Eesti_Vabariigi_Tartu_Ulikool, lk 19
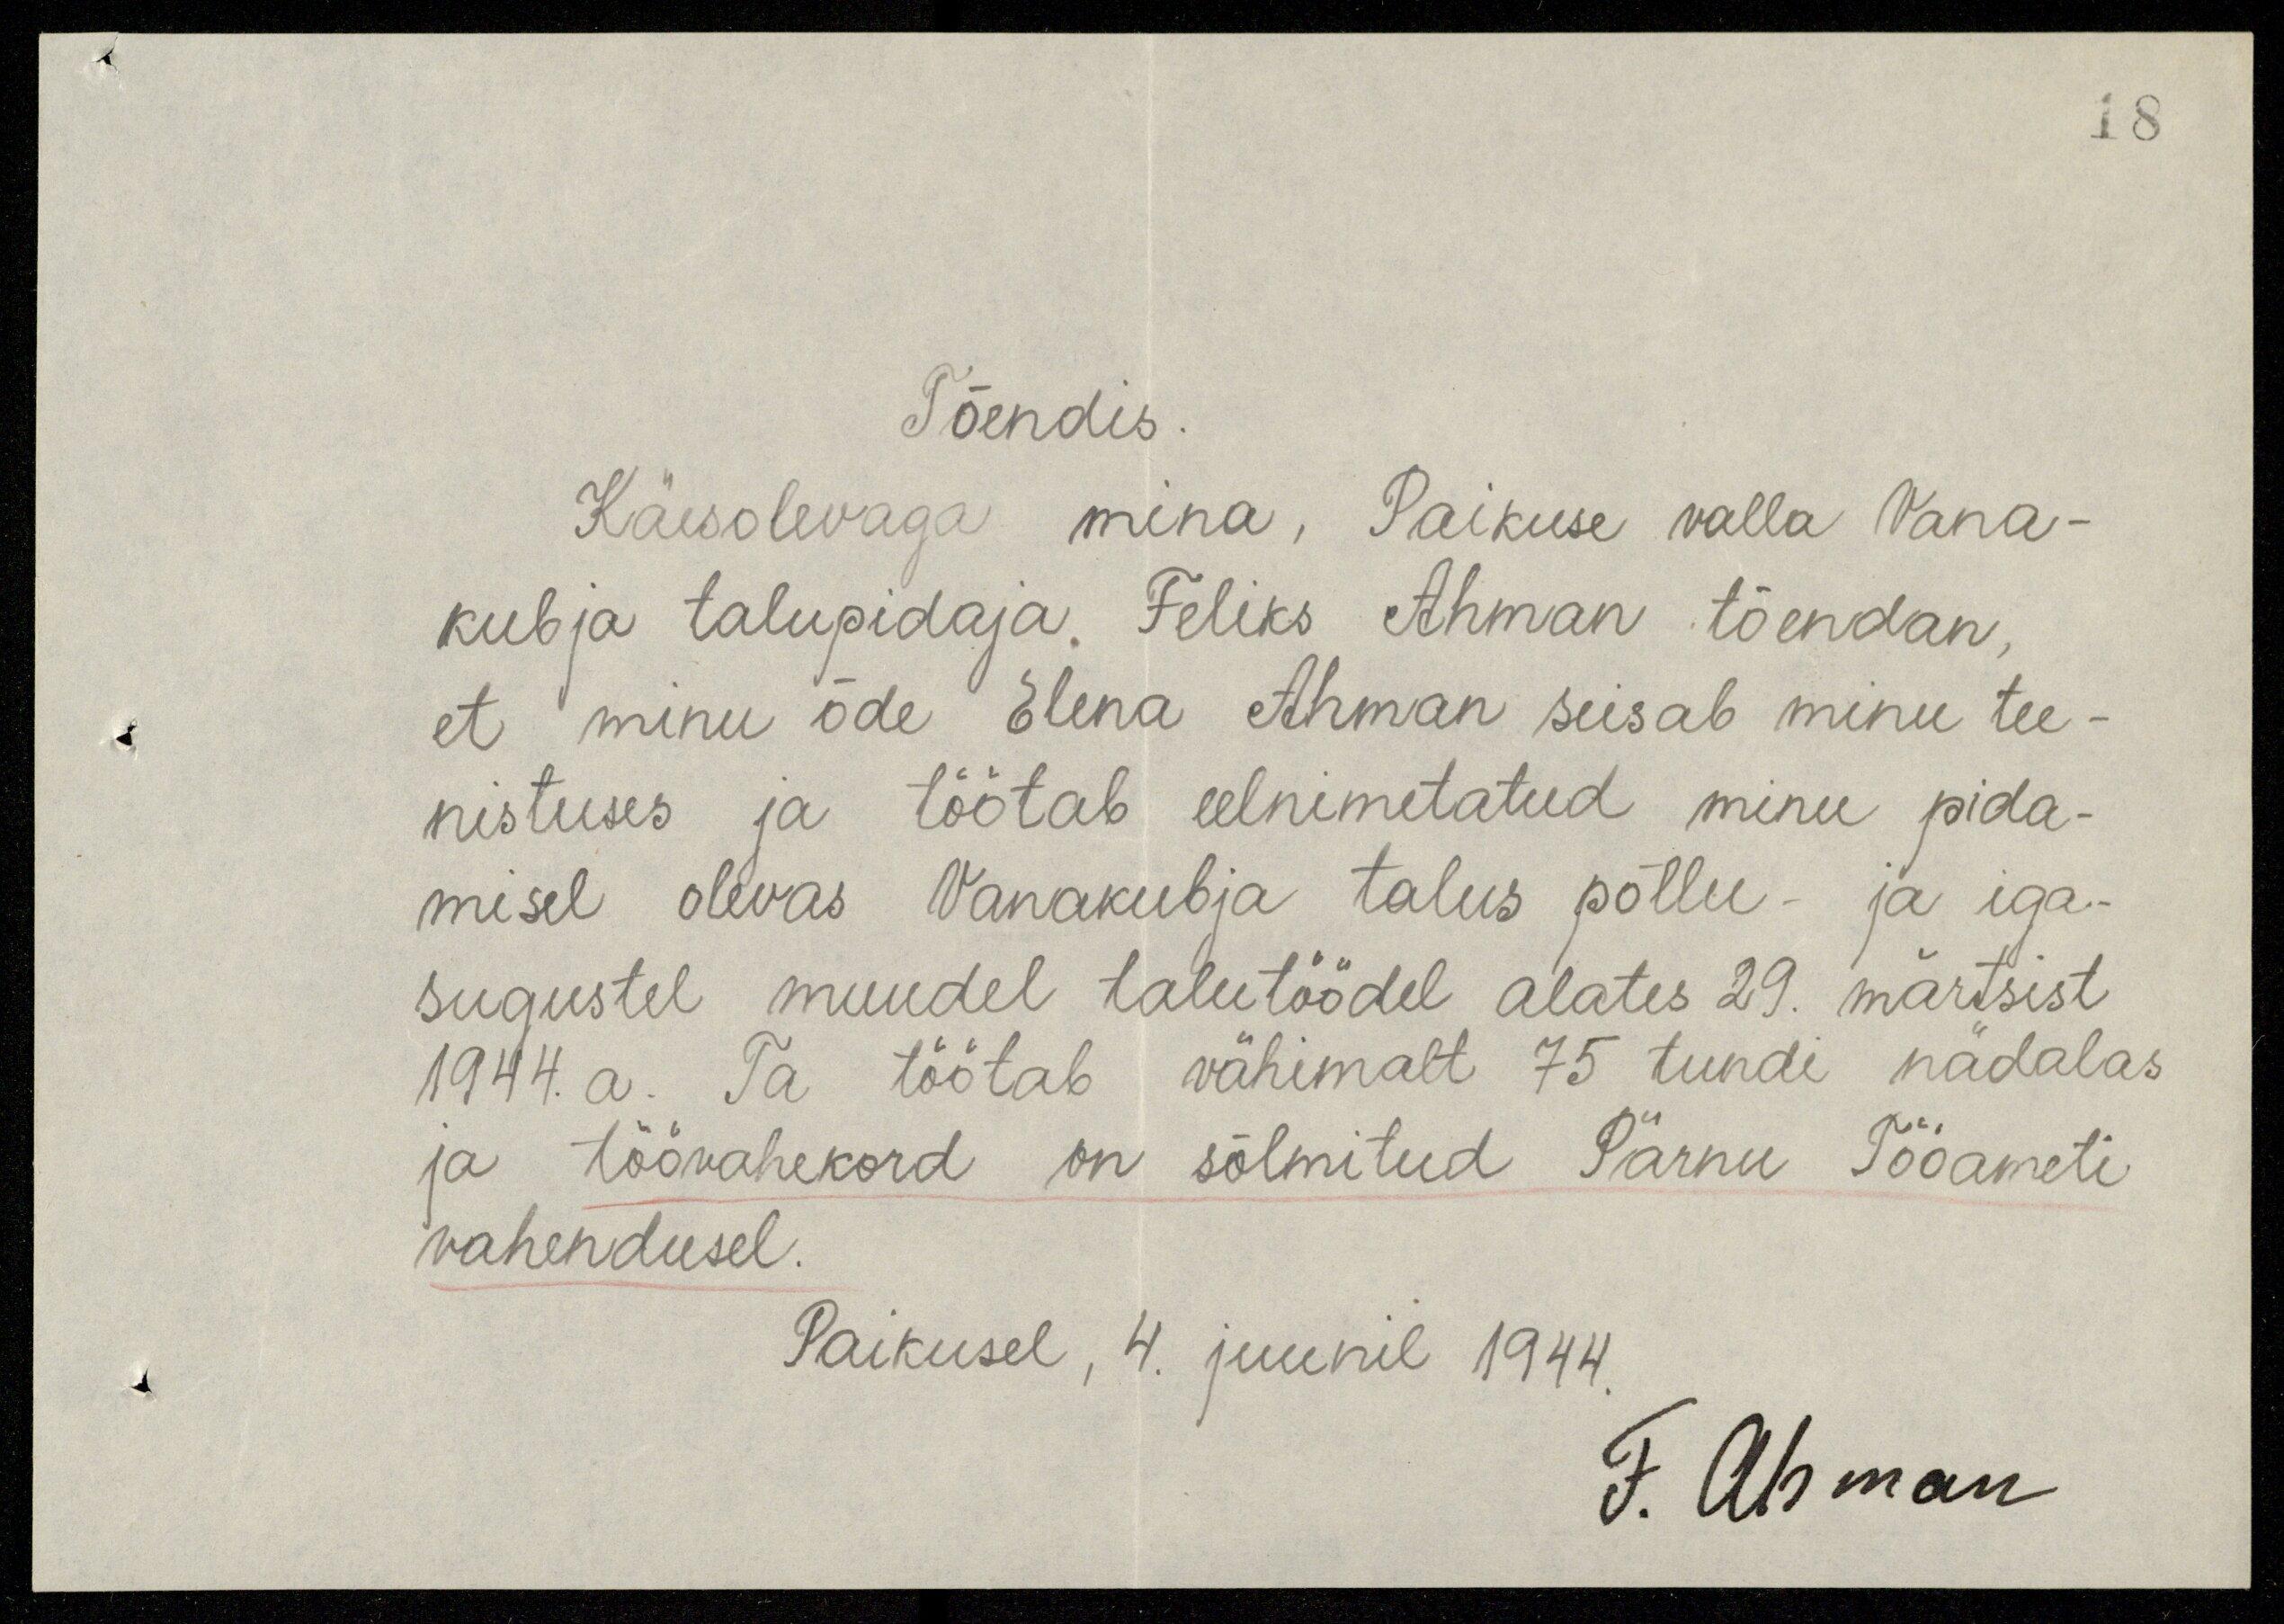
18
Tõendis
Käesolevaga mina, Paikuse valla Vana-
kubja talupidaja. Feliks Ahman tõendan,
et minu õde Elena Ahman seisab minu tee-
nistuses ja töötab eelnimetatud minu pida-
misel olevas Vanakubja talus põllu- ja iga-
sugustel muudel talutöödel alates 29. märtsist
1944. a. Ta töötab vähimalt 75 tundi nädalas
ja töövahekord on sõlmitud Pärnu Tööameti
vahendusel.
Paikusel, 4. juunil 1944.
F. Ahman